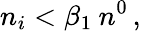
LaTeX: n_{i}<\beta_{1}\: n^{0}\, ,